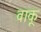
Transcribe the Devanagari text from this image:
वाकू